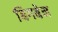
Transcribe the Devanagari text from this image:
बिगबेन